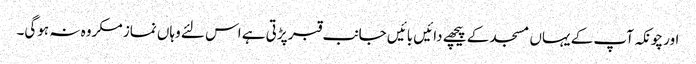
اور چونکہ آپ کے یہاں مسجد کے پیچھے دائیں بائیں جانب قبر پڑتی ہے اس لئے وہاں نماز مکروہ نہ ہوگی۔